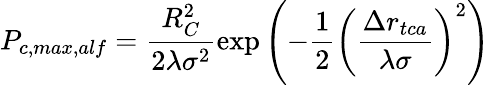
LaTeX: P_{c,max,alf}=\frac{R_{C}^{2}}{2\lambda\sigma^{2}}\exp{\left(-\frac 12\left(\frac{\Delta r_{tca}}{\lambda\sigma}\right)^{2}\right)}